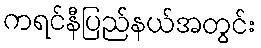
ကရင်နီပြည်နယ်အတွင်း